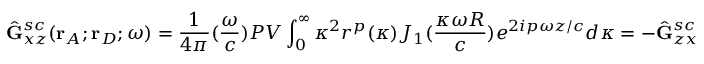
\hat { \mathbf { G } } _ { x z } ^ { s c } ( \mathbf { r } _ { A } ; \mathbf { r } _ { D } ; \omega ) = \frac { 1 } { 4 { \pi } } ( \frac { \omega } { c } ) P V \int _ { 0 } ^ { \infty } { \kappa ^ { 2 } } r ^ { p } ( \kappa ) J _ { 1 } ( \frac { \kappa \omega R } { c } ) e ^ { 2 i p { \omega } z / c } d { \kappa } = - \hat { \mathbf { G } } _ { z x } ^ { s c }